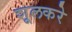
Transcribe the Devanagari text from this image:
शूलकरे